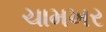
ચામખર